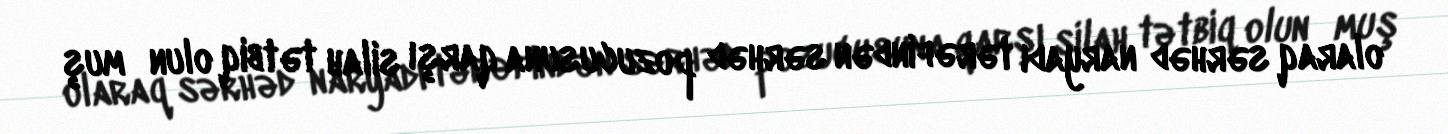
olaraq sərhəd naryadı tərəfindən sərhəd pozucusuna qarşı silah tətbiq olun­muş